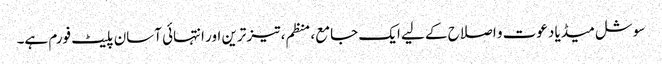
سوشل میڈیا دعوت و اصلاح کے لیے ایک جامع، منظم، تیز ترین اور انتہائی آسان پلیٹ فورم ہے۔